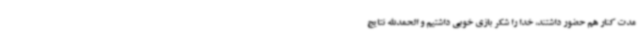
مدت کنار هم حضور داشتند، خدا را شکر بازی خوبی داشتیم و الحمدالله نتایج